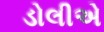
ડોલીએ